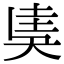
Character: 奊